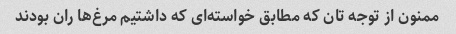
ممنون از توجه تان که مطابق خواسته‌ای که داشتیم مرغ‌ها ران بودند